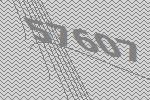
57607